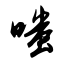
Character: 嗤